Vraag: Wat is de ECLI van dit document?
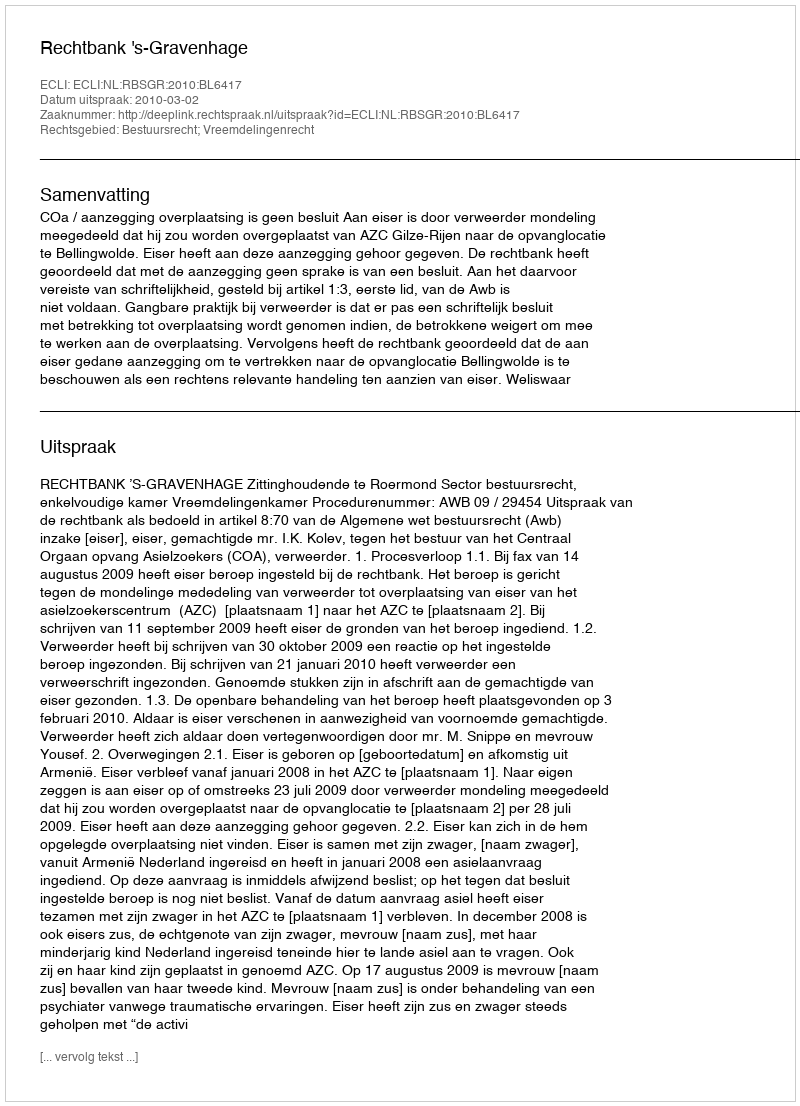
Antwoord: ECLI:NL:RBSGR:2010:BL6417